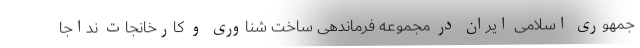
جمهوری اسلامی ایران در مجموعه فرماندهی ساخت شناوری و کارخانجات نداجا